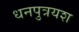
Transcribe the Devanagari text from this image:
धनपुत्रयश